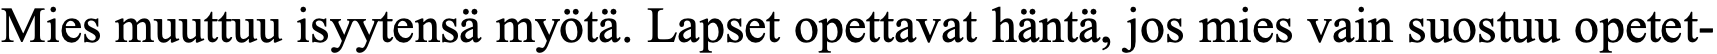
Mies muuttuu isyytensä myötä. Lapset opettavat häntä, jos mies vain suostuu opetet-